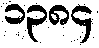
၁၃၈၄